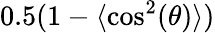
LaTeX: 0.5(1-\langle\cos^{2}(\theta)\rangle)